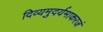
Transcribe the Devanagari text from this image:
दिव्यमुदर्यमाकरजं